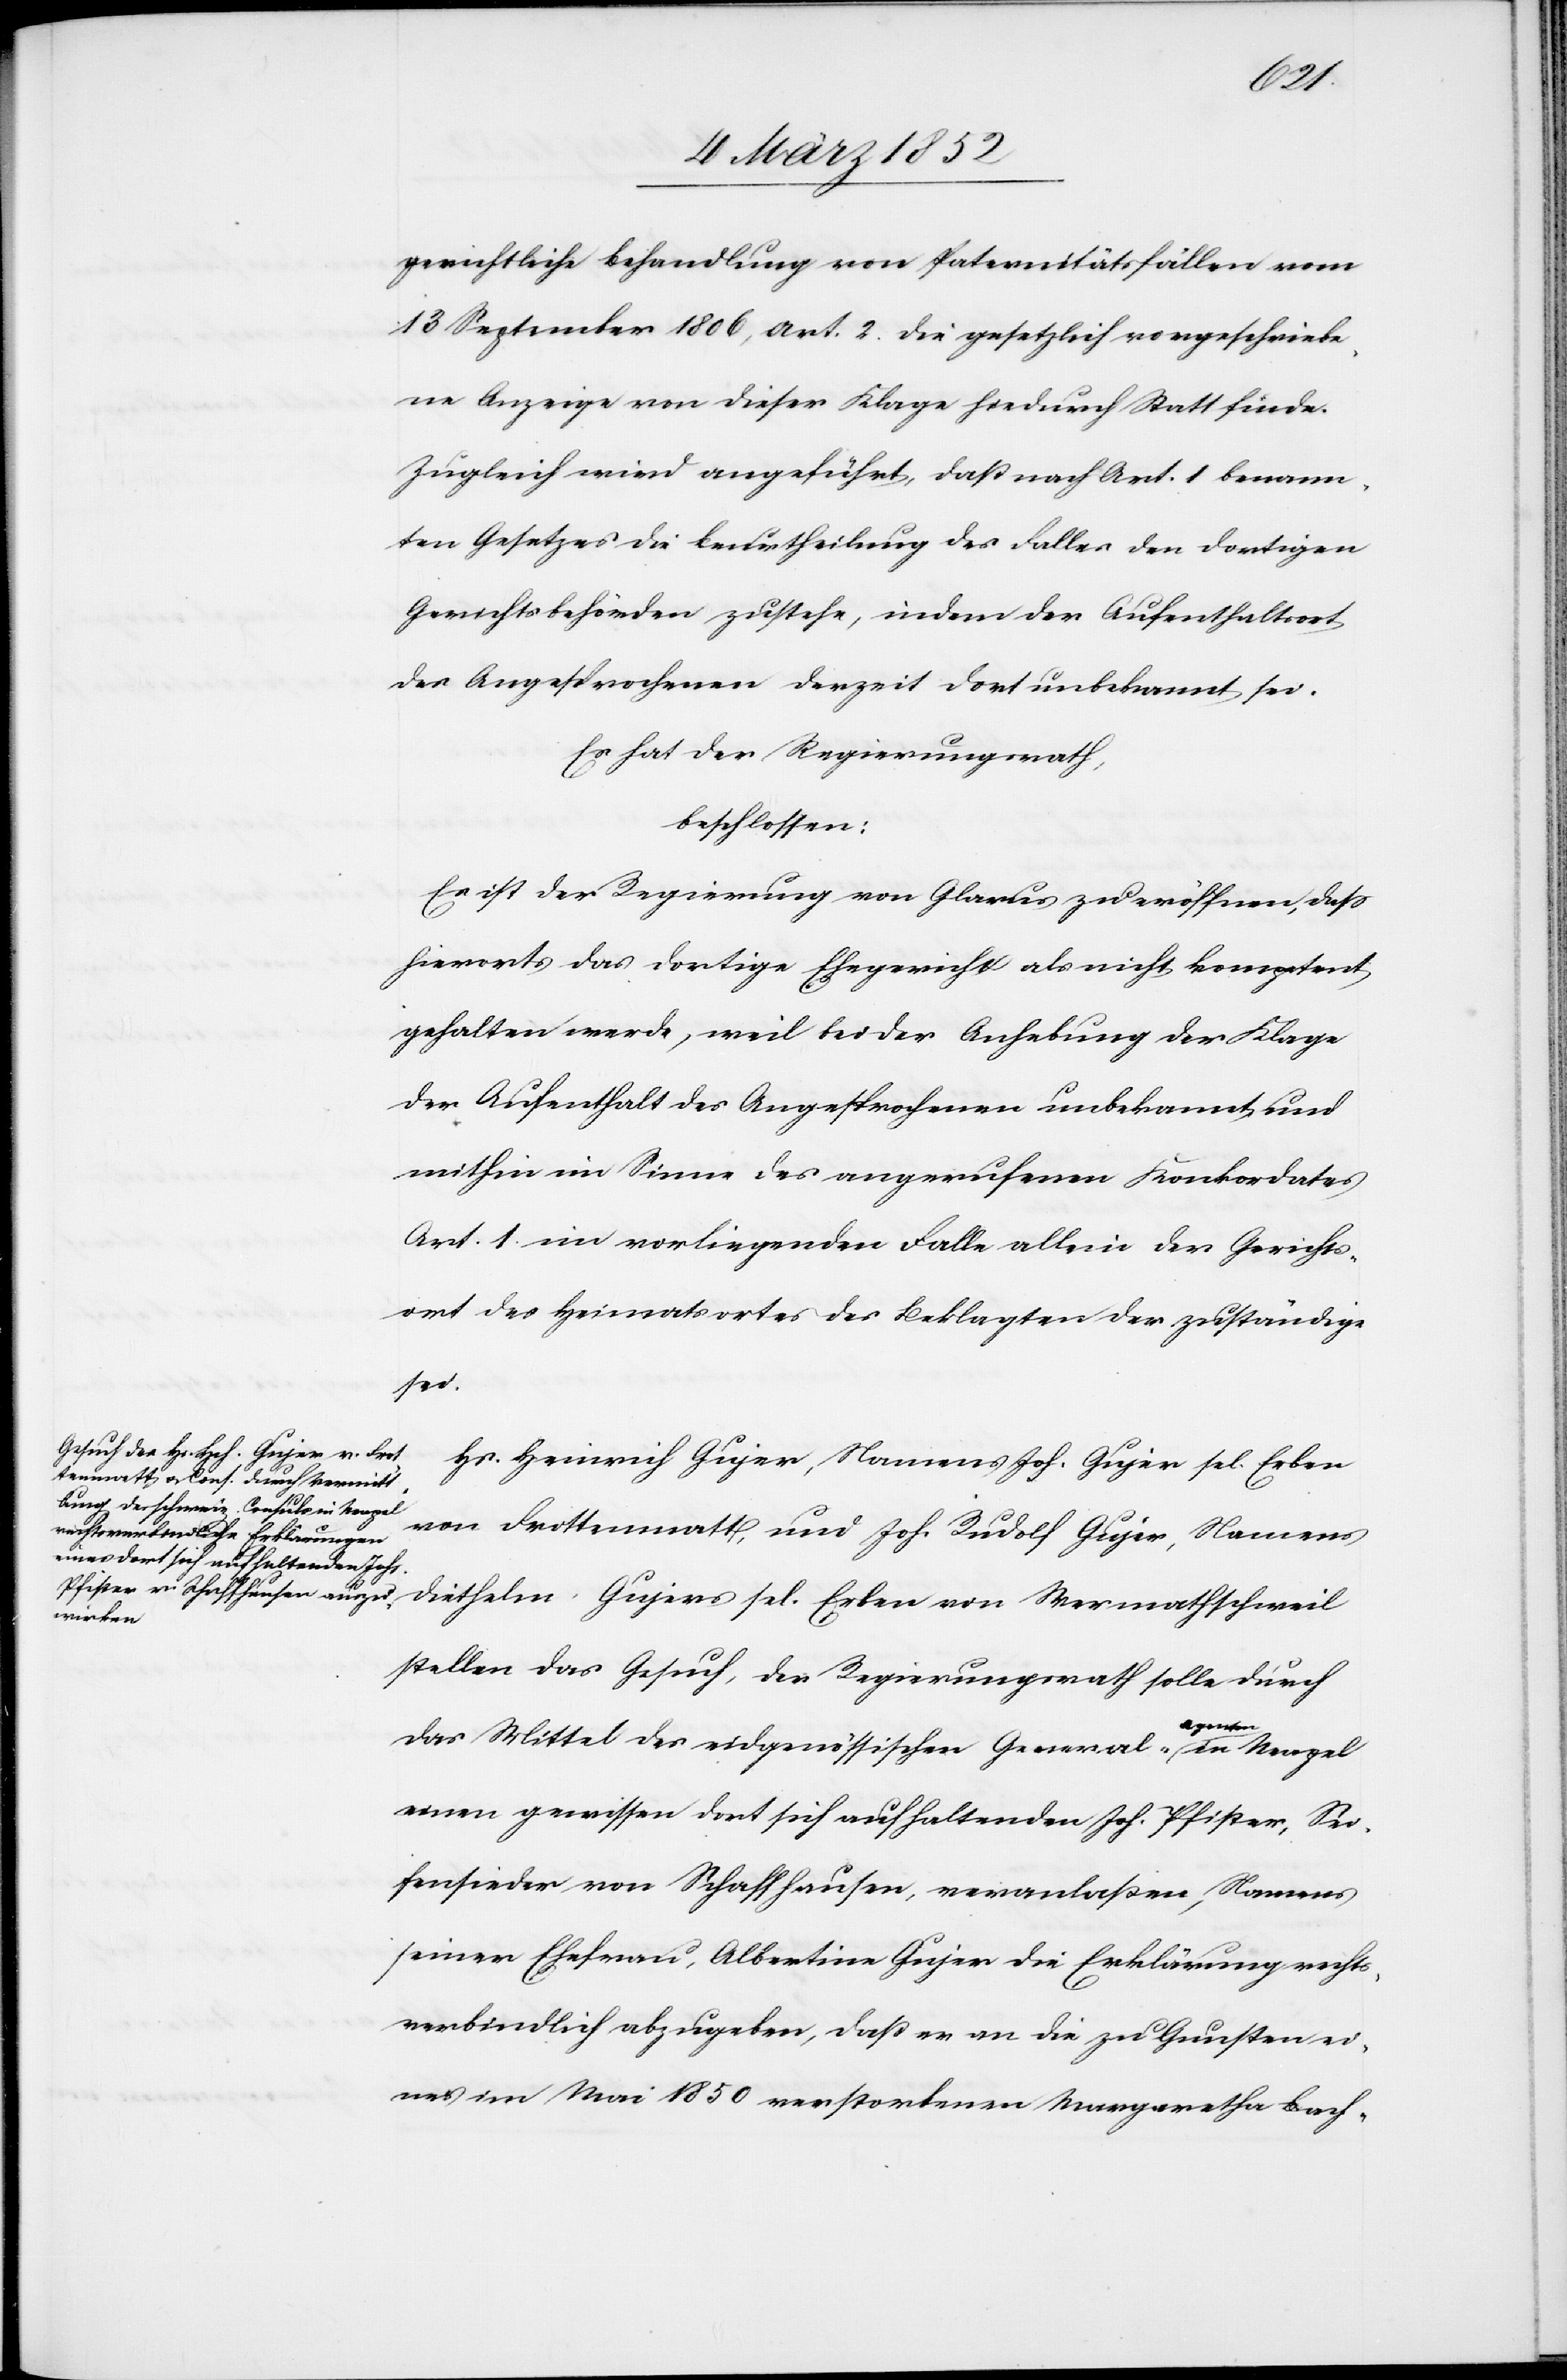
gerichtliche Behandlung von Paternitätsfällen vom
13 September 1806, Art. 2. die gesetzlich vorgeschriebe¬
ne Anzeige von dieser Klage hiedurch Statt finde.
Zugleich wird angeführt, daß nach Art. 1 benann¬
ten Gesetzes die Beurtheilung des Falles den dortigen
Gerichtsbehörden zustehe, indem der Aufenthaltsort
des Angesprochenen derzeit dort unbekannt sei.
Es hat der Regierungsrath,
beschlossen:
Es ist der Regierung von Glarus zu eröffnen, daß
hierorts das dortige Ehegericht als nicht kompetent
gehalten werde, weil bei der Anhebung der Klage
der Aufenthalt des Angesprochenen unbekannt und
mithin im Sinne des angerufenen Konkordates
Art. 1. im vorliegenden Falle allein der Gerichts¬
ort des Heimatsortes des Beklagten der zuständige
sel.
Hs. Heinrich Gujer, Namens Joh. Gujer sel. Erben
von Drottenmatt, und Joh. Rudolf Gujer, Namens
stellen das Gesuch, der Regierungsrath solle durch
von
das Mittel des eidgenössischen General-Agenten in Neapel
einen gewissen dort sich aufhaltenden Joh. Pfister, Sei¬
fensieder von Schaffhausen, veranlaßen, Namens
seiner Ehefrau, Albertine Gujer die Erklärung rechts¬
verbindlich abzugeben, daß er an die zu Gunsten ei¬
ner im Mai 1850 verstorbenen Margaretha Bach-